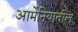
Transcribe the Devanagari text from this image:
आर्मेनियातील